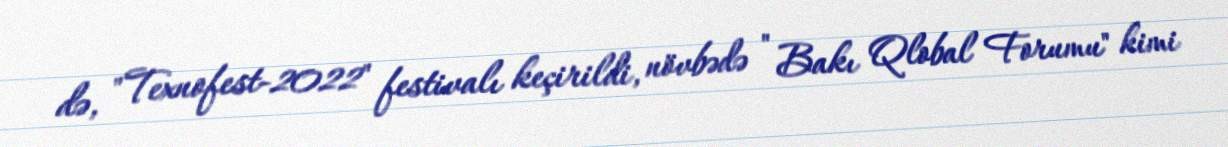
də, "Texnofest-2022" festivalı keçirildi, növbədə " Bakı Qlobal Forumu" kimi